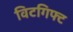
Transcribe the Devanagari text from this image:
विटगिफ्ट